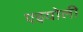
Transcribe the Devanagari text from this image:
एइयोली